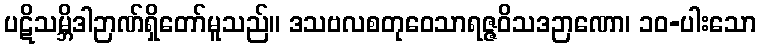
ပဋိသမ္ဘိဒါဉာဏ်ရှိတော်မူသည်။ ဒသဗလစတုဝေသာရဇ္ဇဝိသဒဉာဏော၊ ၁၀-ပါးသော